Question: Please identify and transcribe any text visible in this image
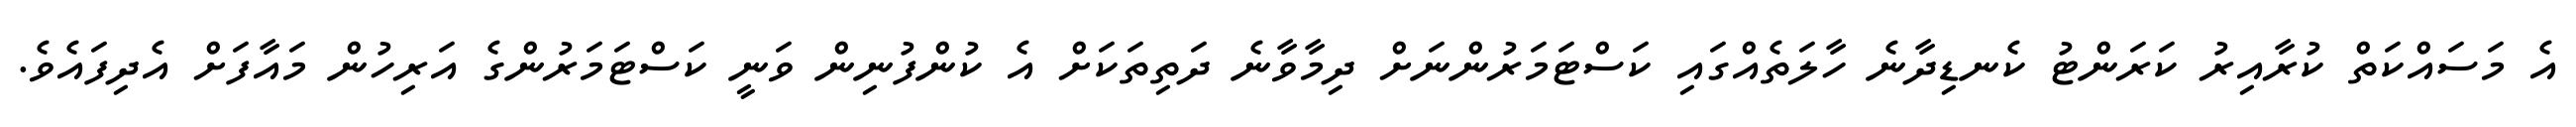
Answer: އެ މަސައްކަތް ކުރާއިރު ކަރަންޓު ކެނޑިދާނެ ހާލަތެއްގައި ކަސްޓަމަރުންނަށް ދިމާވާނެ ދަތިތަކަށް އެ ކުންފުނިން ވަނީ ކަސްޓަމަރުންގެ އަރިހުން މައާފަށް އެދިފައެވެ.